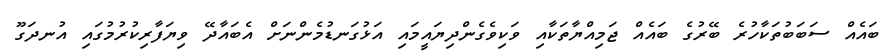
ބައެއް ސަބަބުތަކާހުރެ ބޭރުގެ ބައެއް ޖަމިއްޔާތަކާއި ވަކިވެގެންދިޔައީމައި އަޅުގަނޑުމެންނަށް އެބައާދޭ ވިޔަފާރިކުރުމުގައި އުނދަގޫ